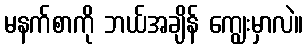
မနက်စာကို ဘယ်အချိန် ကျွေးမှာလဲ။